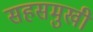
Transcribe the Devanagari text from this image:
सहसमुखी